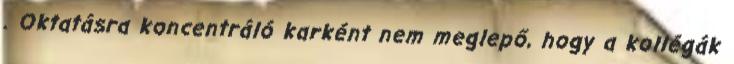
. Oktatásra koncentráló karként nem meglepő, hogy a kollégák